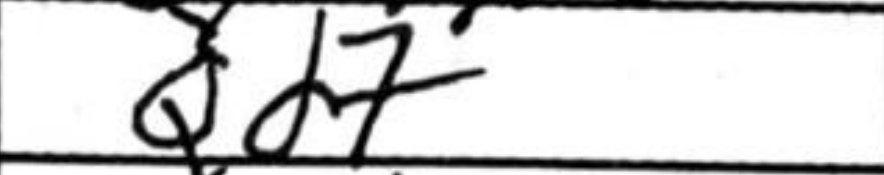
Transcription: Qd7